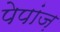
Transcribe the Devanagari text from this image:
पेपांज़